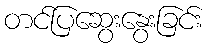
တင်ပြဆွေးနွေးခြင်း